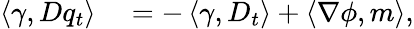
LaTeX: \begin{array}{rl}{\left\langle\gamma,Dq_{t}\right\rangle}&{{}=-\left\langle\gamma,D_{t}\right\rangle+\left\langle\nabla\phi,m\right\rangle,}\end{array}